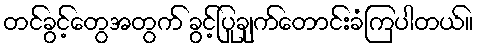
တင်ခွင့်တွေအတွက် ခွင့်ပြုချက်တောင်းခံကြပါတယ်။